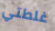
غلطتي